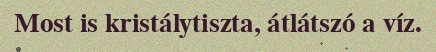
Most is kristálytiszta, átlátszó a víz.